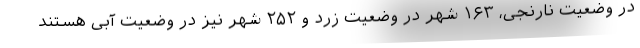
در وضعیت نارنجی، ۱۶۳ شهر در وضعیت زرد و ۲۵۲ شهر نیز در وضعیت آبی هستند